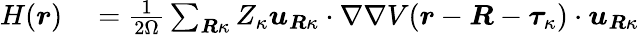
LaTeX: \begin{array}{rl}{H(\boldsymbol{r})}&{{}=\frac{1}{2\Omega}\sum_{\boldsymbol{R}\kappa}Z_{\kappa}\boldsymbol{u}_{\boldsymbol{R}\kappa}\cdot\nabla\nabla V(\boldsymbol{r}-\boldsymbol{R}-\boldsymbol{\tau}_{\kappa})\cdot\boldsymbol{u}_{\boldsymbol{R}\kappa}}\end{array}